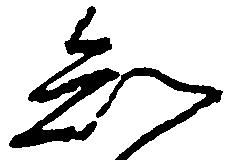
知